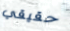
حقيقي